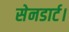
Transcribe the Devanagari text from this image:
सेनडार्ट।